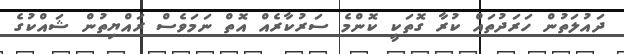
ދައުލަތުން ހަރަދުތައް ކުރާ ގޮތަކީ ކޮންމެ ސަރުކާރެއް އޮތް ނަމަވެސް ރައްޔިތުން ޝައްކުގެ